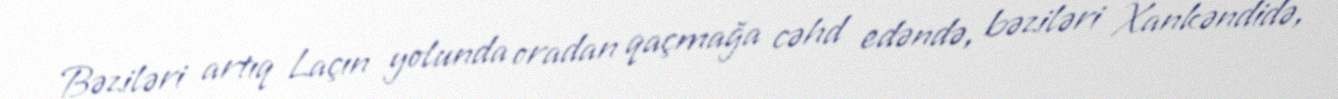
Bəziləri artıq Laçın yolunda oradan qaçmağa cəhd edəndə, bəziləri Xankəndidə,